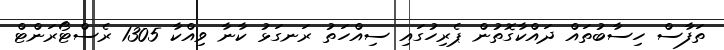
ތަފާސް ހިސާބުތައް ދައްކާގޮތުން ޕެރިހުގައި ސިއްހަތު ރަނގަޅު ކާނާ ވިއްކާ 1305 ރެސްޓޯރަންޓް